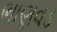
ભાણવડ